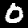
Digit: 0